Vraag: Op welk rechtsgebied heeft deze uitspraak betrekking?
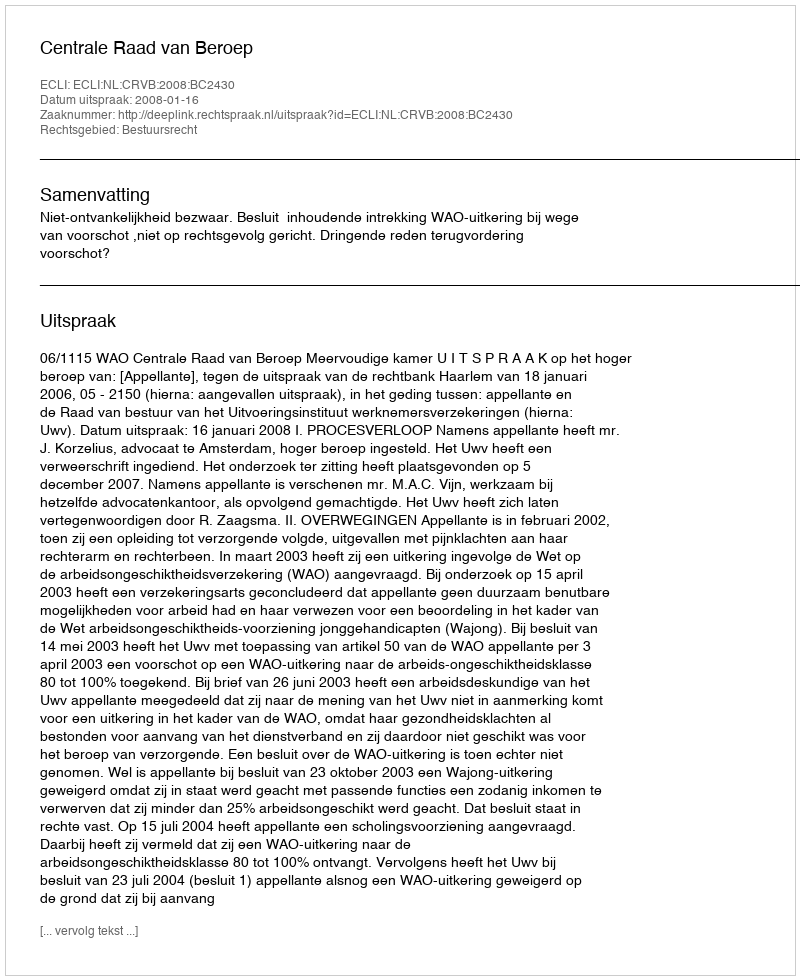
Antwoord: Bestuursrecht